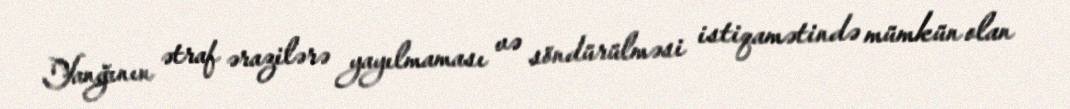
Yanğının ətraf ərazilərə yayılmaması və söndürülməsi istiqamətində mümkün olan